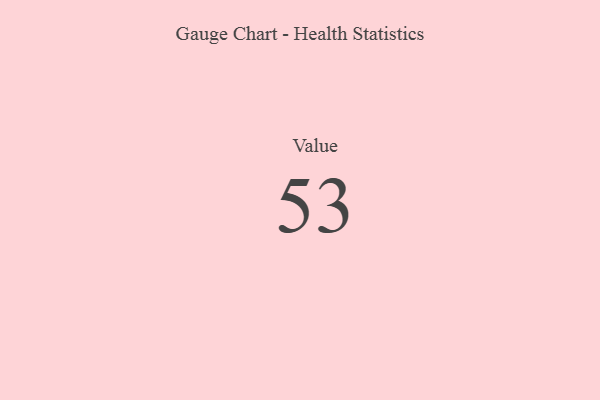
{"axis": {"x": "Metric", "y": "Value"}, "legend": [""], "data": [{"x": "Value", "y": 53, "type": ""}]}